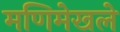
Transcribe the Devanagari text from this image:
मणिमेखले